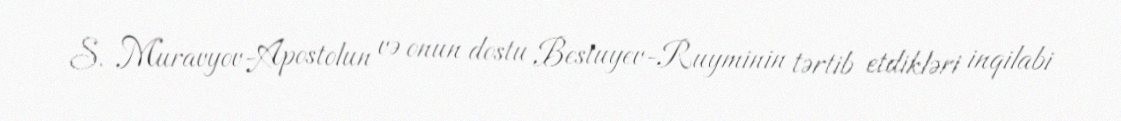
S. Muravyov-Apostolun və onun dostu Bestuyev-Ruyminin tərtib etdikləri inqilabi